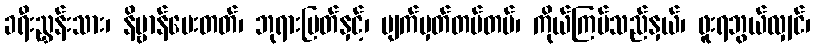
ခရီးညွှန်းသား၊ နိဗ္ဗာန်ပေးတတ်၊ ဘုရားမြတ်နှင့်၊ မျက်မှတ်တပ်တပ်၊ ကိုယ်ကြပ်သည်နှယ်၊ ဖူးရဘွယ်လျှင်၊